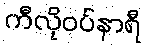
ကီလိုဝပ်နာရီ